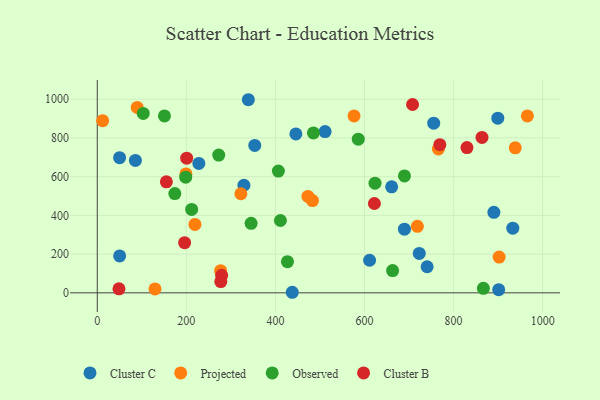
{"axis": {"x": "Experience", "y": "Fuel Efficiency"}, "legend": ["Cluster B", "Cluster C", "Observed", "Projected"], "data": [{"x": "740.6", "y": 134.7, "type": "Cluster C"}, {"x": "339.2", "y": 997.4, "type": "Cluster C"}, {"x": "50.2", "y": 190.9, "type": "Cluster C"}, {"x": "329.2", "y": 555.6, "type": "Cluster C"}, {"x": "445.9", "y": 821.0, "type": "Cluster C"}, {"x": "511.5", "y": 833.1, "type": "Cluster C"}, {"x": "353.6", "y": 761.2, "type": "Cluster C"}, {"x": "228.0", "y": 668.5, "type": "Cluster C"}, {"x": "50.1", "y": 697.9, "type": "Cluster C"}, {"x": "890.5", "y": 416.0, "type": "Cluster C"}, {"x": "661.0", "y": 547.4, "type": "Cluster C"}, {"x": "899.3", "y": 902.0, "type": "Cluster C"}, {"x": "689.7", "y": 328.7, "type": "Cluster C"}, {"x": "85.6", "y": 683.8, "type": "Cluster C"}, {"x": "755.4", "y": 876.5, "type": "Cluster C"}, {"x": "723.0", "y": 203.5, "type": "Cluster C"}, {"x": "933.0", "y": 334.1, "type": "Cluster C"}, {"x": "437.8", "y": 2.9, "type": "Cluster C"}, {"x": "611.4", "y": 168.4, "type": "Cluster C"}, {"x": "901.3", "y": 16.2, "type": "Cluster C"}, {"x": "965.7", "y": 913.8, "type": "Projected"}, {"x": "718.7", "y": 343.7, "type": "Projected"}, {"x": "322.4", "y": 511.9, "type": "Projected"}, {"x": "276.9", "y": 114.6, "type": "Projected"}, {"x": "765.9", "y": 742.8, "type": "Projected"}, {"x": "89.6", "y": 957.4, "type": "Projected"}, {"x": "219.3", "y": 353.4, "type": "Projected"}, {"x": "129.6", "y": 20.2, "type": "Projected"}, {"x": "938.5", "y": 749.2, "type": "Projected"}, {"x": "12.0", "y": 889.2, "type": "Projected"}, {"x": "576.5", "y": 913.7, "type": "Projected"}, {"x": "902.3", "y": 184.7, "type": "Projected"}, {"x": "199.1", "y": 614.0, "type": "Projected"}, {"x": "483.2", "y": 476.5, "type": "Projected"}, {"x": "472.9", "y": 498.1, "type": "Projected"}, {"x": "427.0", "y": 160.7, "type": "Observed"}, {"x": "411.2", "y": 373.5, "type": "Observed"}, {"x": "174.1", "y": 512.7, "type": "Observed"}, {"x": "211.9", "y": 430.6, "type": "Observed"}, {"x": "272.7", "y": 711.7, "type": "Observed"}, {"x": "586.0", "y": 793.8, "type": "Observed"}, {"x": "406.6", "y": 628.8, "type": "Observed"}, {"x": "150.8", "y": 913.6, "type": "Observed"}, {"x": "866.9", "y": 23.2, "type": "Observed"}, {"x": "485.3", "y": 826.0, "type": "Observed"}, {"x": "623.6", "y": 566.3, "type": "Observed"}, {"x": "103.2", "y": 926.6, "type": "Observed"}, {"x": "663.1", "y": 115.1, "type": "Observed"}, {"x": "689.7", "y": 604.0, "type": "Observed"}, {"x": "198.5", "y": 597.4, "type": "Observed"}, {"x": "345.4", "y": 359.2, "type": "Observed"}, {"x": "769.1", "y": 765.2, "type": "Cluster B"}, {"x": "863.8", "y": 802.7, "type": "Cluster B"}, {"x": "48.7", "y": 20.6, "type": "Cluster B"}, {"x": "155.1", "y": 573.6, "type": "Cluster B"}, {"x": "196.1", "y": 259.0, "type": "Cluster B"}, {"x": "200.7", "y": 695.6, "type": "Cluster B"}, {"x": "279.2", "y": 90.6, "type": "Cluster B"}, {"x": "830.0", "y": 750.1, "type": "Cluster B"}, {"x": "707.9", "y": 972.8, "type": "Cluster B"}, {"x": "622.2", "y": 461.4, "type": "Cluster B"}, {"x": "277.3", "y": 58.2, "type": "Cluster B"}]}